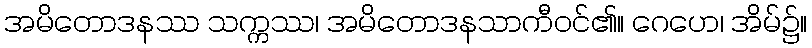
အမိတောဒနဿ သက္ကဿ၊ အမိတောဒနသာကီဝင်၏။ ဂေဟေ၊ အိမ်၌။